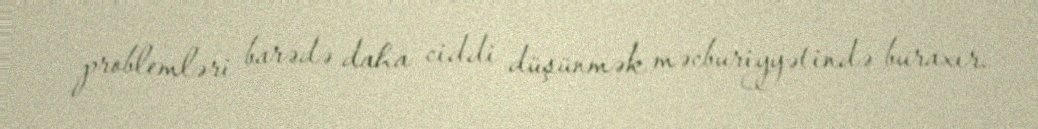
problemləri barədə daha ciddi düşünmək məcburiyyətində buraxır.